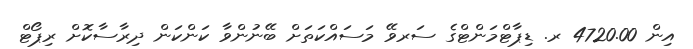
އިން 4720.00 ރ. ޑިޕާޓްމަންޓްގެ ސަރވޭ މަސައްކަތަށް ބޭނުންވާ ކަންކަން ދިރާސާކޮށް ރިޕޯޓް